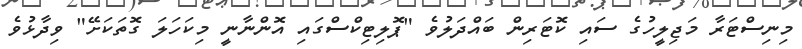
މިނިސްޓަރާ މަޖިލީހުގެ ސައި ކޮޓަރިން ބައްދަލުވެ "ޕޮލިޓިކްސްގައި އޮންނާނީ މިކަހަލަ ގޮތަކަށޭ" ވިދާޅުވެ